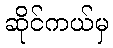
ဆိုင်ကယ်မှ